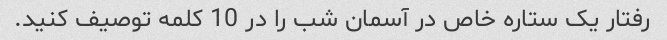
رفتار یک ستاره خاص در آسمان شب را در 10 کلمه توصیف کنید.